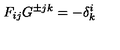
F _ { i j } G ^ { \pm j k } = - \delta _ { k } ^ { i }